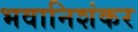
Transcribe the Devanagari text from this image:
भवानिशंकर